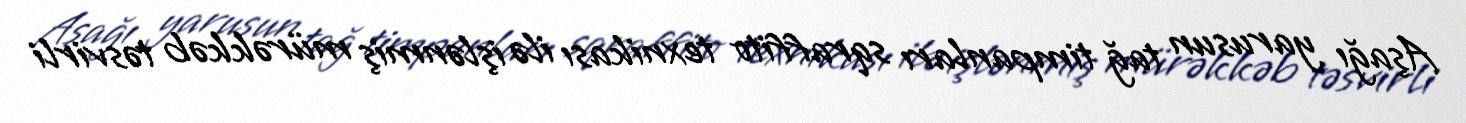
Aşağı yarusun tağ timpanları sqraffito texnikası ilə işlənmiş mürəkkəb təsvirli